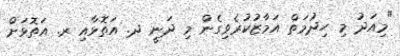
"މިއަދު މި ހިދުމަތް އަމާޒުކުރެވިގެން މި ދަނީ ދ. އަތޮޅާއި ރ. އަތޮޅަށް